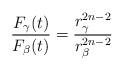
LaTeX: \begin{align*}\frac{F_\gamma(t)}{F_\beta(t)} = \frac{r_\gamma^{2n-2}}{r_\beta^{2n-2}}\end{align*}